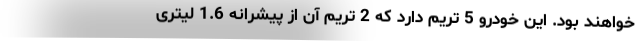
خواهند بود. این خودرو 5 تریم دارد که 2 تریم آن از پیشرانه 1.6 لیتری